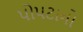
પોપટાનો